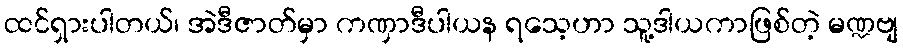
ထင်ရှားပါတယ်၊ အဲဒီဇာတ်မှာ ကဏှာဒီပါယန ရသေ့ဟာ သူ့ဒါယကာဖြစ်တဲ့ မဏ္ဍဗျ